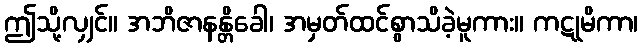
ဤသို့လျှင်။ အဘိဇာနန္တိခေါ၊ အမှတ်ထင်စွာသိခဲ့မူကား။ ကဋုမိကာ၊